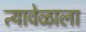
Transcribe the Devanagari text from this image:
त्यावेळाला